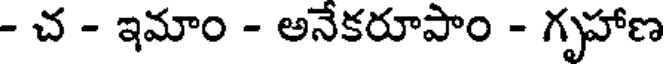
- చ - ఇమాం - అనేకరూపాం - గృహాణ